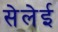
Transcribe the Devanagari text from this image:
सेलेई